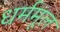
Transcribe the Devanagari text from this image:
धर्ममूल